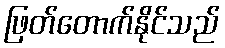
ဖြတ်တောက်နိုင်သည်